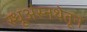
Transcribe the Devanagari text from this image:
स्धूअंस्नथेतून